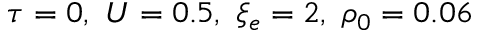
\tau = 0 , ~ U = 0 . 5 , ~ \xi _ { e } = 2 , ~ \rho _ { 0 } = 0 . 0 6